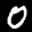
Label: 0